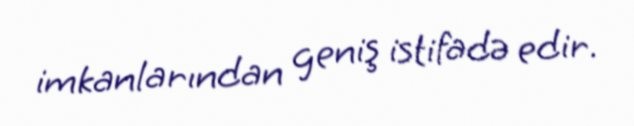
imkanlarından geniş istifadə edir.